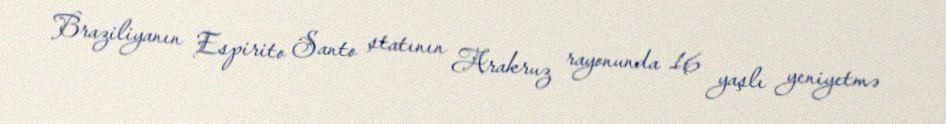
Braziliyanın Espirito Santo ştatının Arakruz rayonunda 16 yaşlı yeniyetmə